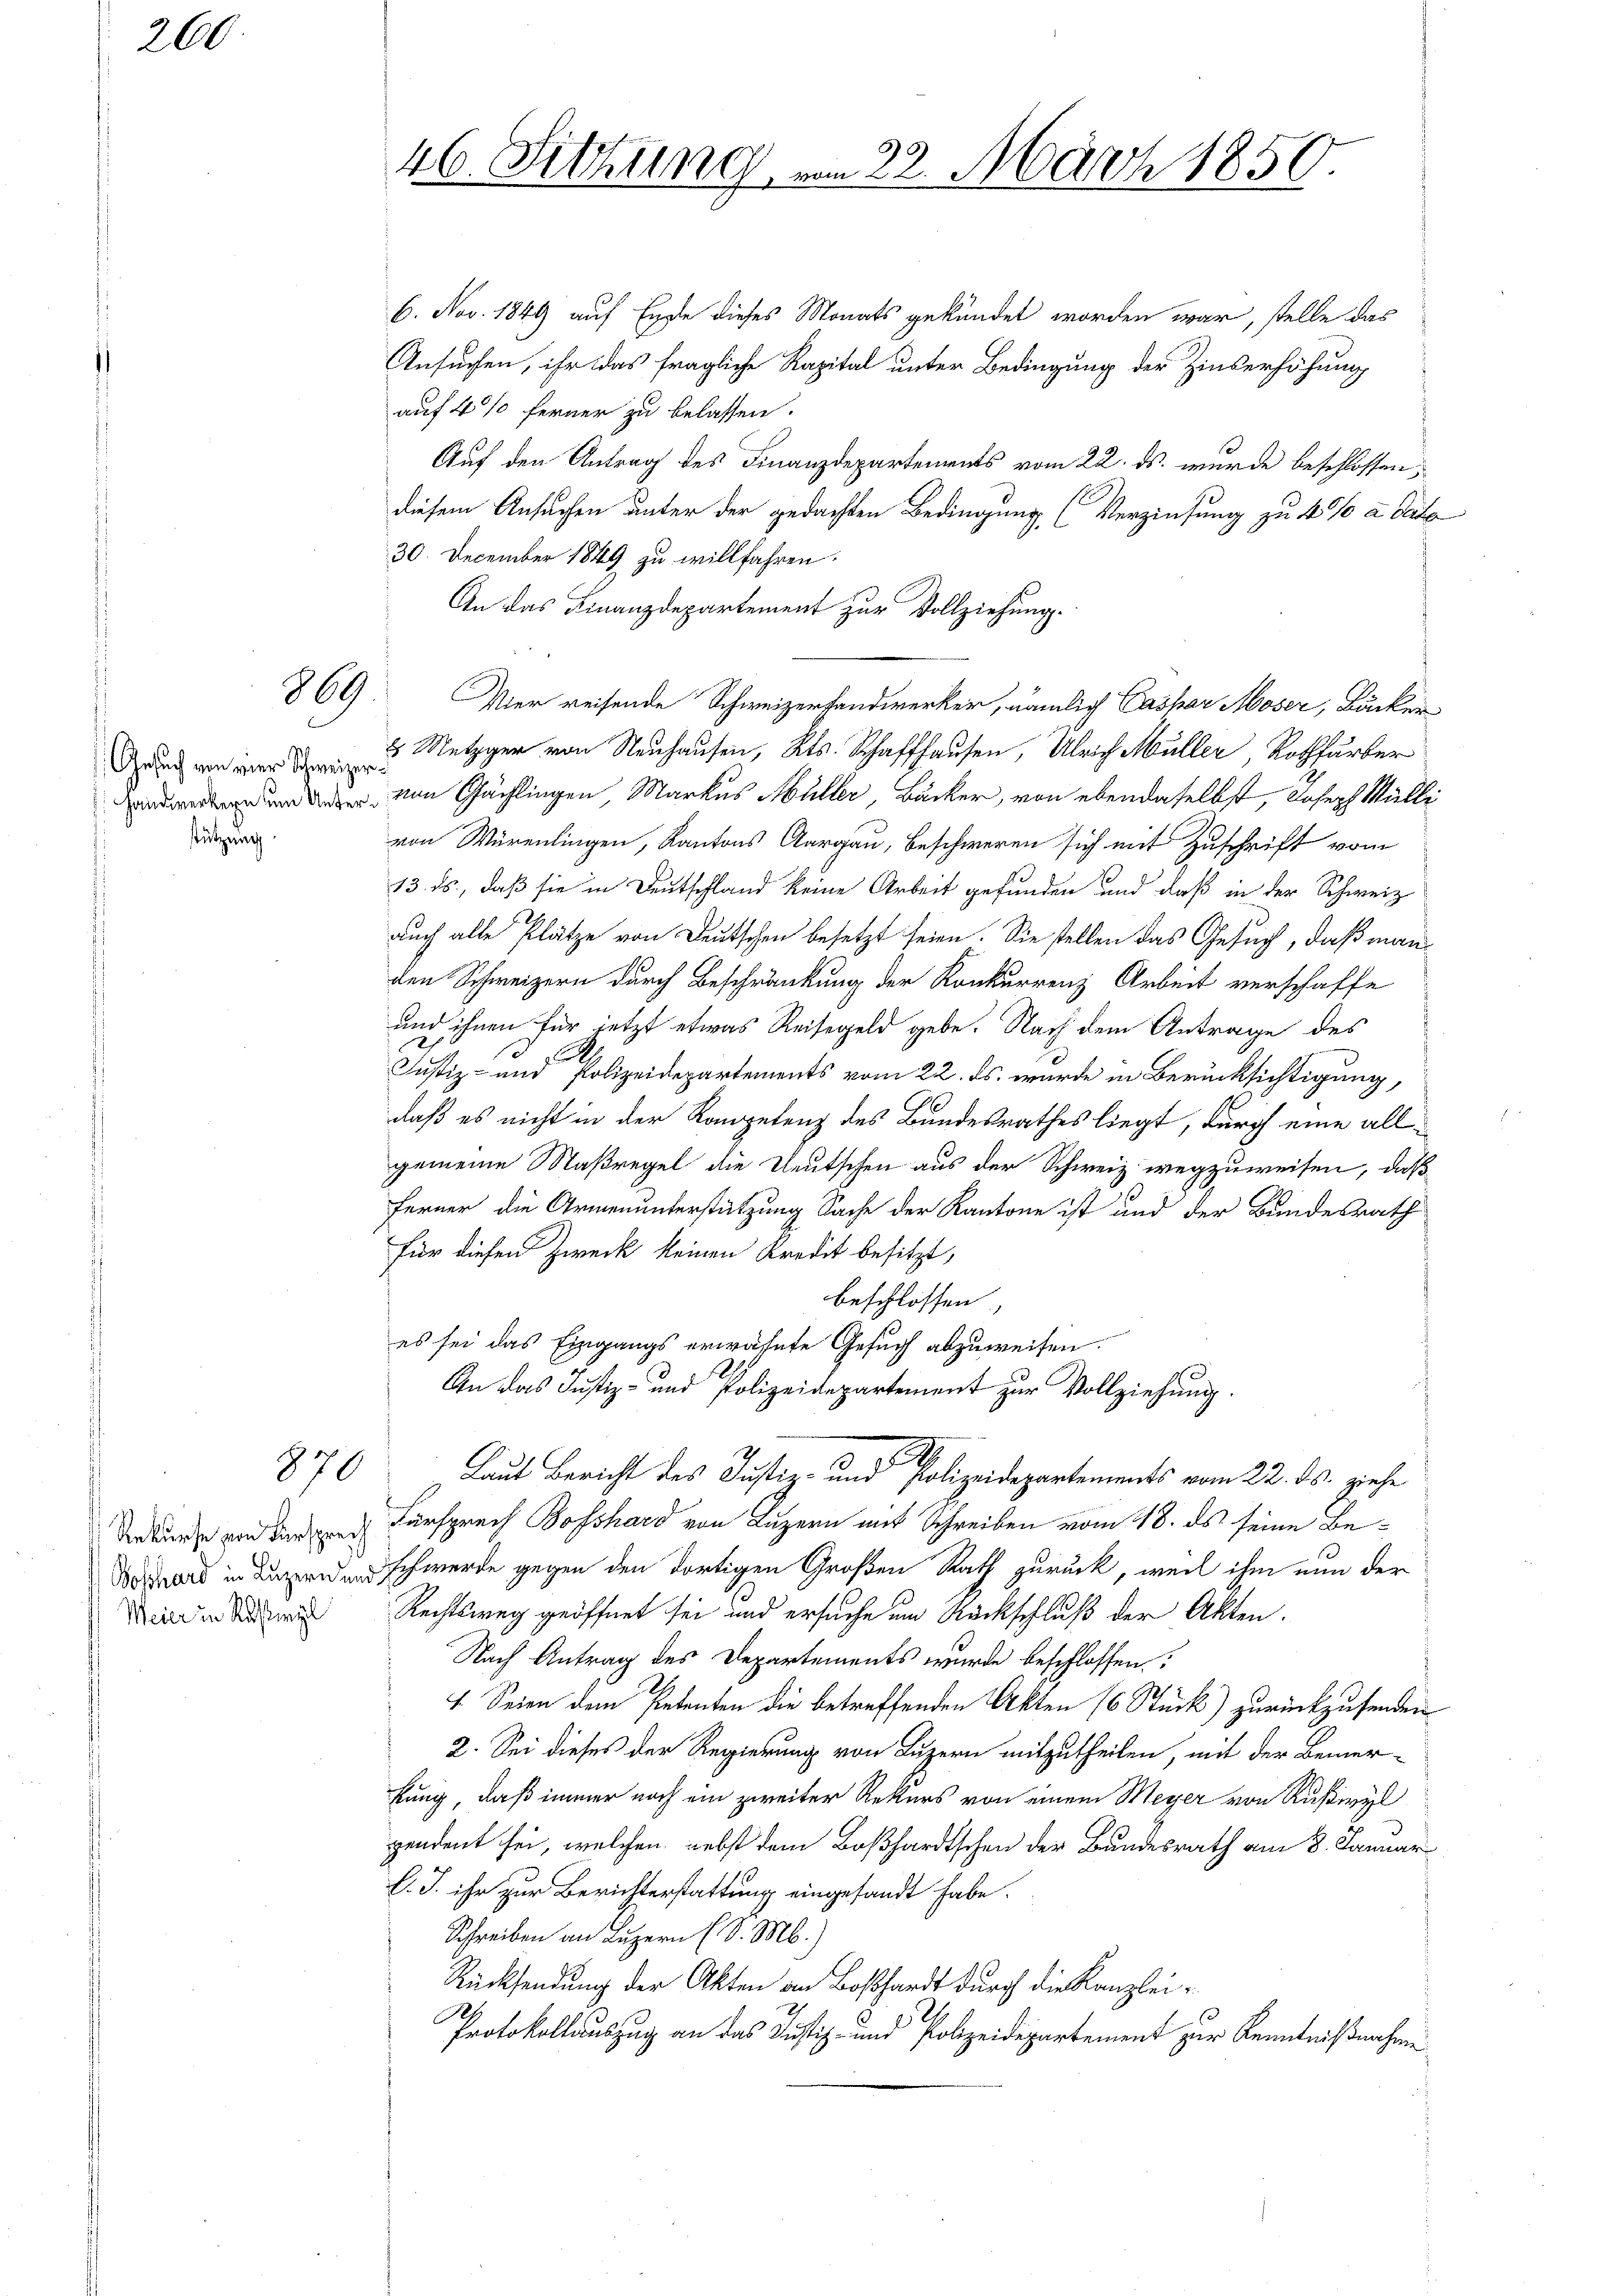
260

Gesuch von vier Schweizer
 Handwerkern um Unterstützung

869

870.

Rekurse von Fürsprech
Boßhard in Luzern un
Meier in Roßwyl

46. Sitzung, am 22. März 1850.

6. Nov. 1849 auf Erste dieses Monats gekündet worden war, stelle das
Ansuchen, ihr das fragliche Kapital unter Bedingung der Zinserhöhung
auf 4% ferner zu belassen.
Auf den Antrag des Finanzdepartements vom 22. ds. wurde beschlossen,
diesem Ansuchen unter der gedachten Bedingung (Verzinsung zu 4% a date
30. December 1849 zu willfahren:
An das Finanzdepartement zur Vollziehung.
Vier reisende Schweizerfandwerker, nämlich Caspar Moser, Bäcker¬
8 Metzger von Neuhausen, Kts. Schaffhausen, Ulrich Müller Rothfärber
e
von Gächlingen, Markus Müller, Bäcker, von ebendaselbst, Joseph Mülle
von Würenlingen, Kantons Aargau, Beschweren sich mit Zuschrift vom
13. ds., daß sie in Deutschland keine Arbeit gefunden und daß in der Schweiz
auch alle Plätze von Deutschen besetzt seien. Sie stellen das Gesuch, daß manden Schweizern durch Beschränkung der Konkurrenz Arbeit verschaffe
und ihnen für jetzt etwas Reisegeld gebe. Nach dem Antrage des
Justiz- und Polizeidepartements vom 22. ds. wurde in Berücksichtigung,
daß es nicht in der Kompetenz des Bundesrathes liegt, durch eine allgemeine Maßregel die Deutschen aus der Schweiz wegzuweisen, daß
Ferner die Armenunterstützung Sache der Kantone ist und der Bundesrath
Für diesen Zweck keinen Kredit besitzt,
beschlossen,
es sei das Eingangs erwähnte Gesuch abzuweisen.
An das Justiz- und Polizeidepartement zur Vollziehung.
Laut Bericht des Justiz- und Polizeidepartements vom 22. ds. ziehe
Fürsprech Bosshard von Luzern mit Schreiben vom 18. ds. seine Be¬
IIch werde gegen den dortigen Großen Rath zurück, weil ihm nun der
Rechtsweg geöffnet sei und ersuche um Rückschluß der Akten.
Nach Antrag des Departements wurde beschlossen:
1
1. Seien dem Petenten die betreffenden Akten 168 Tück) zurückzusenden
2. Sei dieses der Regierung von Luzern mitzutheilen, mit der Bemer-
kung, daß immer noch ein zweiter Rekurs von einem Meyer von Ruswyl
pendent sei, welchen nebst dem Boßhardtschen der Bundesrath am 8. Januar
l. J. ihr zur Berichterstattung eingesandt habe.
Schreiben an Luzern (S. M.)
Rücksendung der Akten an Boßhardt durch die Kanzlei¬
2
2
Protokollauszug an das Justiz- und Polizeidepartement zur Kenntnißnahme